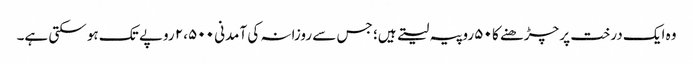
وہ ایک درخت پر چڑھنے کا ۵۰ روپیہ لیتے ہیں؛ جس سے روزانہ کی آمدنی ۲،۵۰۰ روپے تک ہو سکتی ہے۔